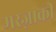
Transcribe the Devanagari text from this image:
मरज़ाकी